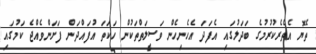
ތެޔޮ އެތެރެކުރުމުގެ ބަދަލުގައި އެފަދަ އެހެނިހެން ވަސީލަތްތަކުން ހަކަތަ އުފައްދަން ފަށަންވެއްޖެ ކަމުގައި